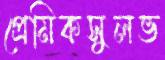
প্রেমিকসুলভ